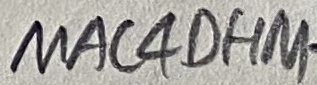
Text: MAC4OHM